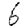
Digit: 6